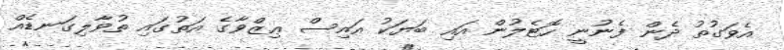
އެވަގުތު ދެން ފެނުނީ ހޮޓެލުން އައި ބަޔަކު އައިސް ޢިޒްވާގެ އަތުގައި ތުވާލިގަނޑެއް